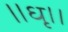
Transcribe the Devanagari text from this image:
॥धृ।।